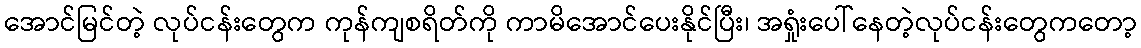
အောင်မြင်တဲ့ လုပ်ငန်းတွေက ကုန်ကျစရိတ်ကို ကာမိအောင်ပေးနိုင်ပြီး၊ အရှုံးပေါ်နေတဲ့လုပ်ငန်းတွေကတော့